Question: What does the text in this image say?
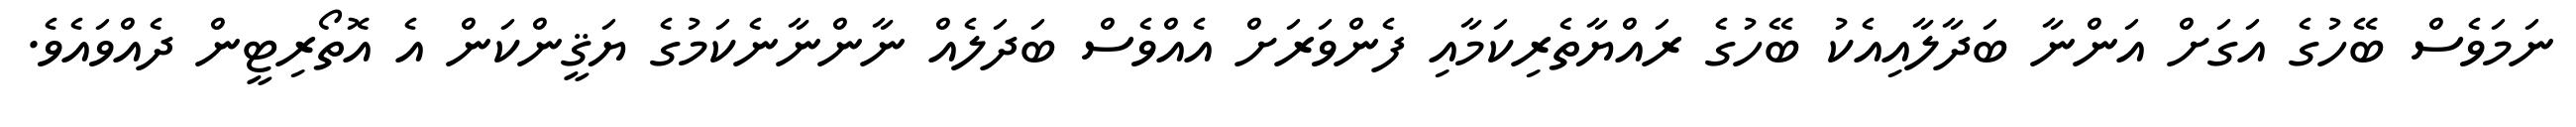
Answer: ނަމަވެސް ބޭހުގެ އަގަށް އަންނާ ބަދާލާއިއެކު ބޭހުގެ ރައްޔާތެރިކަމާއި ފެންވަރަށް އެއްވެސް ބަދަލެއް ނާންނާނެކަމުގެ ޔަޤީންކަން އެ އޮތޯރިޓީން ދެއްވައެވެ.